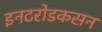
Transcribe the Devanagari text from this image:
इनटरोडकसन